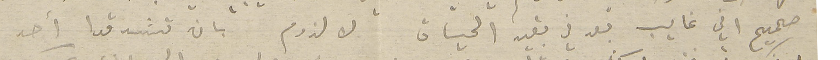
صحيح اني غايب بعد في بقيه الحياة لا لزوم بان تسَدقوا أحد